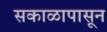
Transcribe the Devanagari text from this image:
सकाळापासून